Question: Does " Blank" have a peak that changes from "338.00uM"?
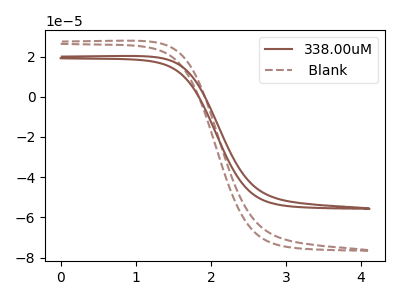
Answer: <think>The brown curve "338.00uM" has no peaks. The brown dashed curve " Blank" has no peaks.
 Neither " Blank" or "338.00uM" have any peaks.</think>
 <answer>No, " Blank" and "338.00uM" don't appear to be significantly different in shape</answer>
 <eval>no_change</eval>